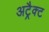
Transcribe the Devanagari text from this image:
अट्रैक्ट